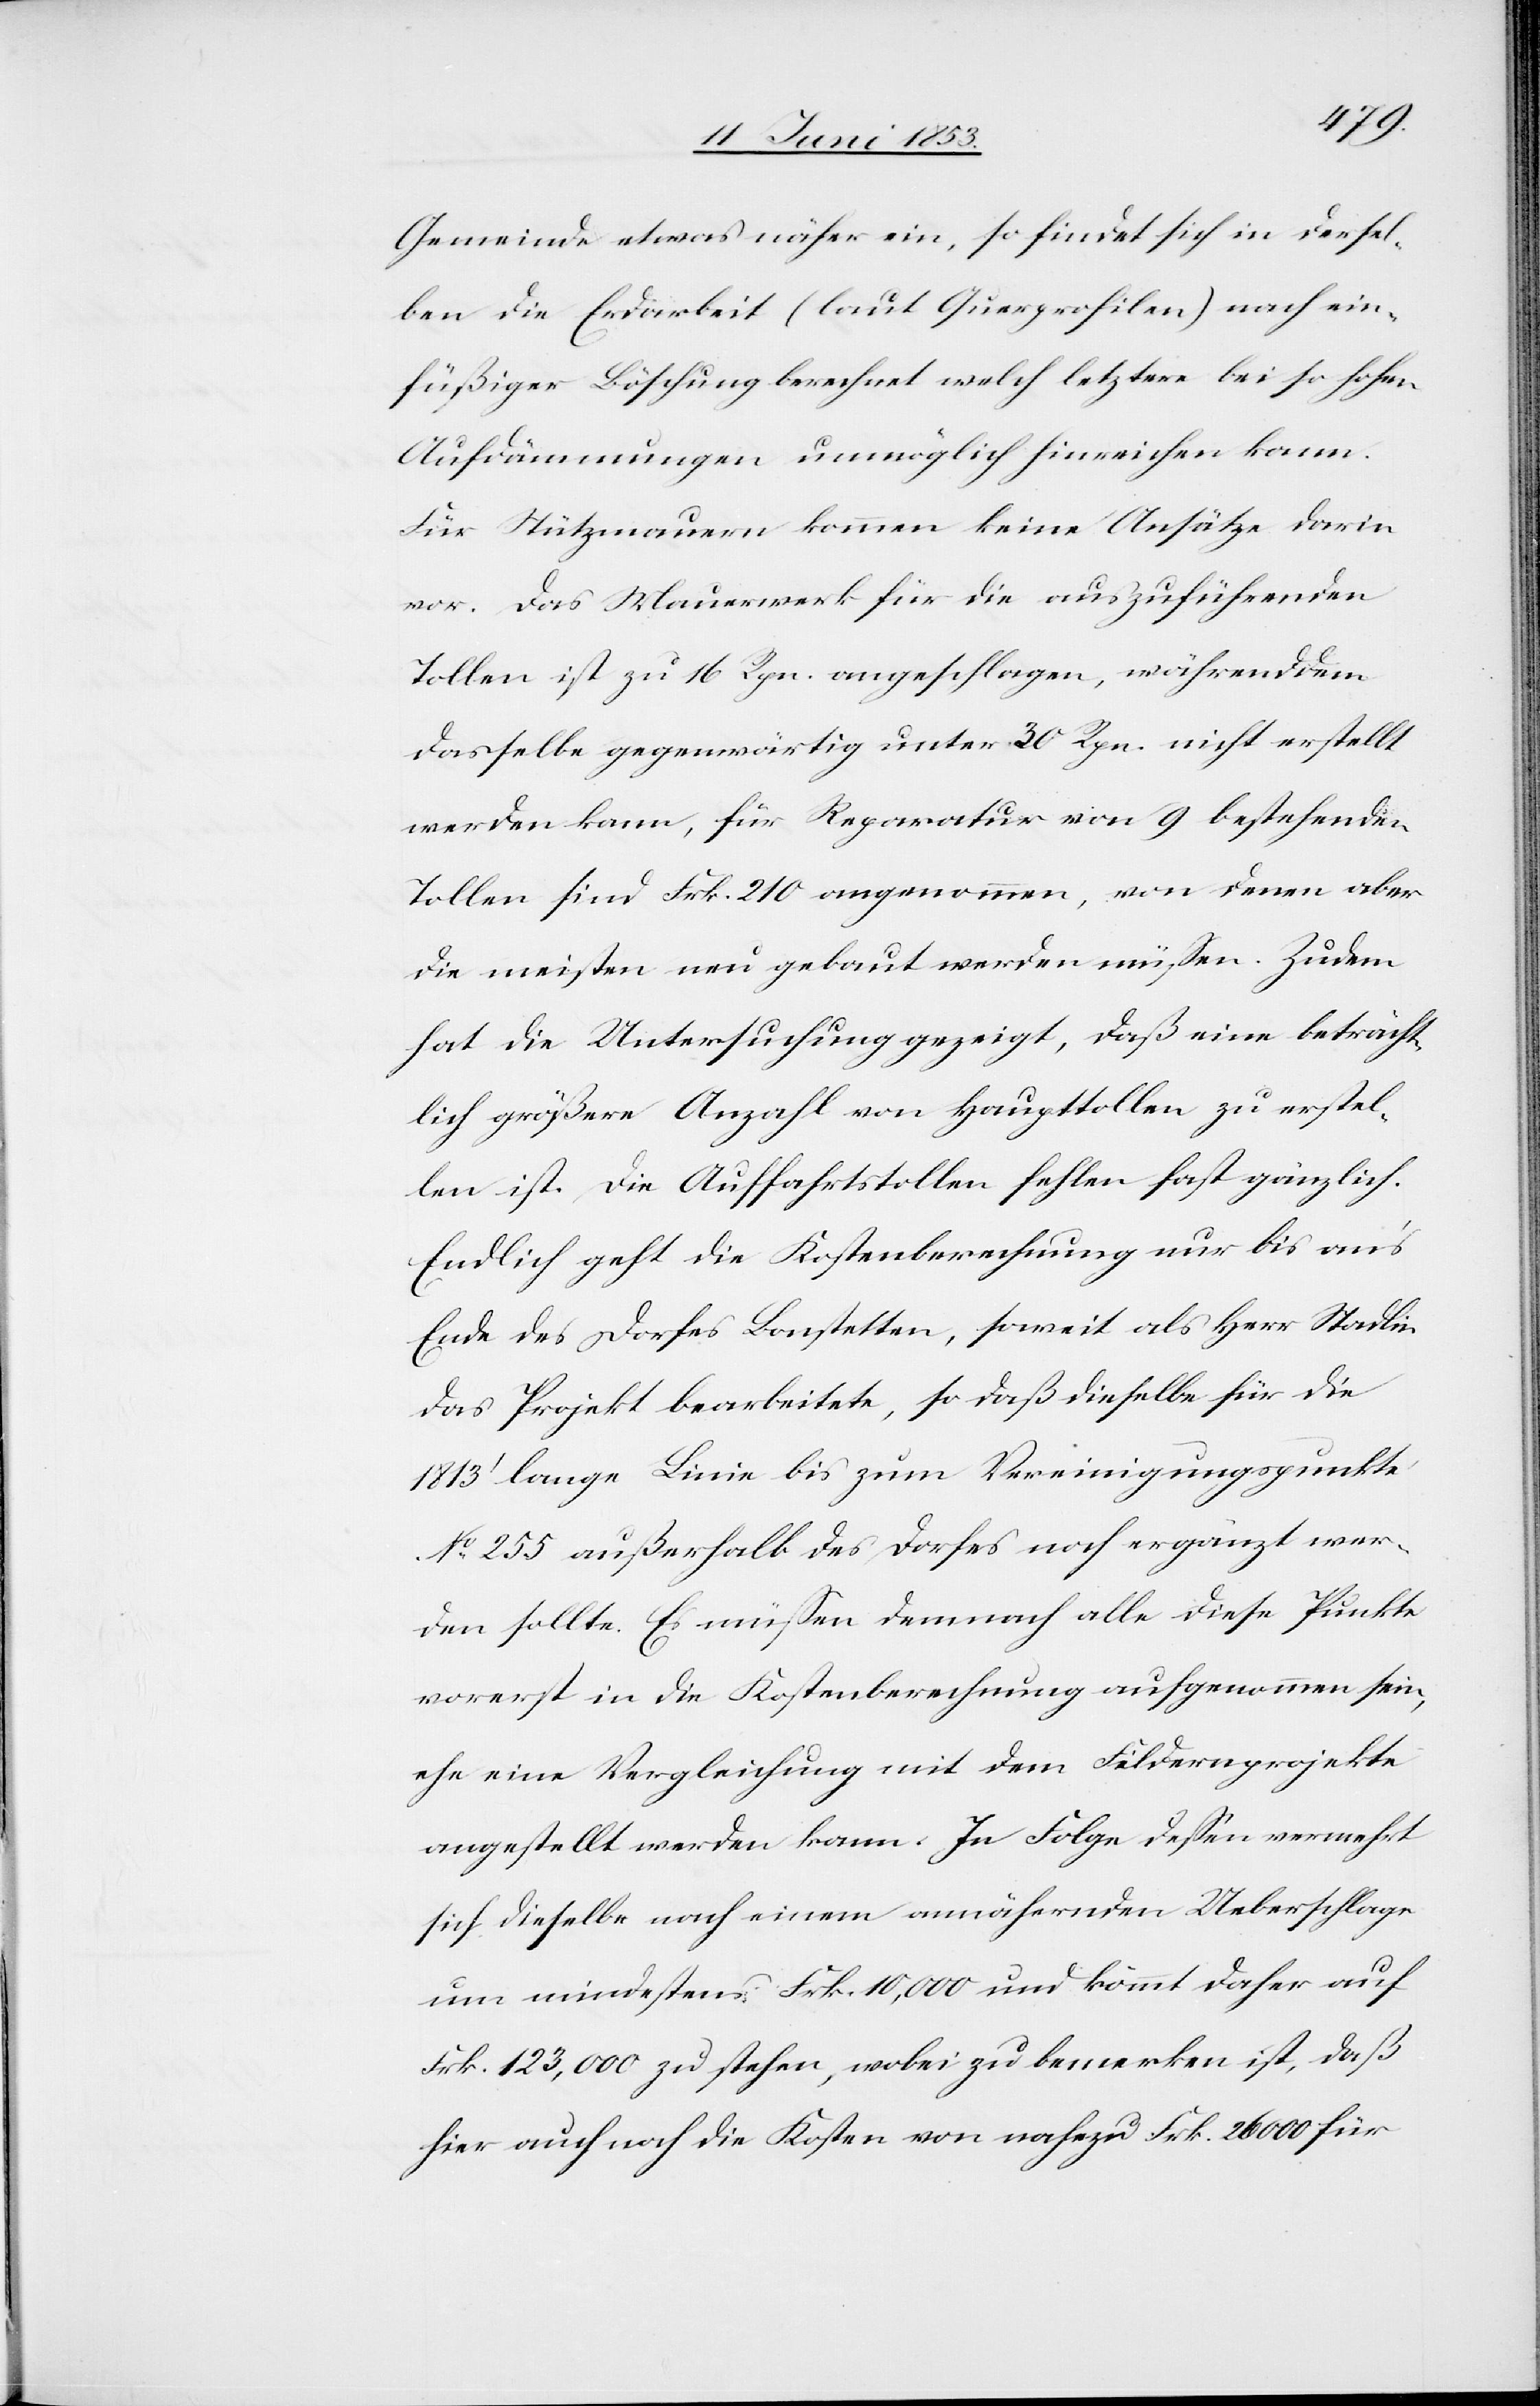
Gemeinde etwas näher ein, so findet sich in dersel¬
ben die Erdarbeit (laut Querprofilen) nach ein¬
füßiger Böschung berechnet welch letztere bei so hohen
Aufdämmungen unmöglich hinreichen kann.
Für Stützmauern kommen keine Ansätze darin
vor. Das Mauerwerk für die auszuführenden
Tollen ist zu 16 Rpn. angeschlagen, während dem
dasselbe gegenwärtig unter 30 Rpn. nicht erstellt
werden kann, für Reparatur von 9 bestehenden
Tollen sind Frk. 210 angenommen, von denen aber
die meisten neu gebaut werden müßen. Zudem
hat die Untersuchung gezeigt, daß eine beträcht¬
lich größere Anzahl von Haupttollen, zu erstel¬
len ist. Die Auffahrtstollen fehlen fast gänzlich.
Endlich geht die Kostenberechnung nur bis an’s
Ende des Dorfes Bonstetten, soweit als Herr Stadlin
das Projekt bearbeitete, so daß dieselbe für die
1813’ lange Linie bis zum Vereinigungspunkte
N°. 255 außerhalb des Dorfes noch ergänzt wer¬
den sollte. Es müßen demnach alle diese Punkte
vorerst in die Kostenberechnung aufgenommen sein,
ehe eine Vergleichung mit dem Fildernprojekte
angestellt werden kann. In Folge deßen vermehrt
sich dieselbe nach einem annähernden Ueberschlage
um mindestens Frk. 10,000 und kömmt daher auf
Frk. 123,000 zu stehen, wobei zu bemerken ist, daß
hier auch noch die Kosten von nahezu Frk. 26 000 für